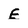
Character: E